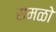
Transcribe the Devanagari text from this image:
समळो